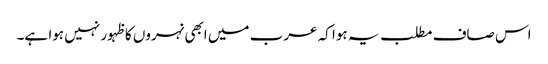
اس صاف مطلب یہ ہوا کہ عرب میں ابھی نہروں کا ظہور نہیں ہوا ہے۔